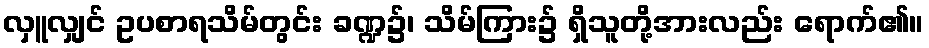
လှူလျှင် ဥပစာရသိမ်တွင်း ခဏ္ဍ၌၊ သိမ်ကြား၌ ရှိသူတို့အားလည်း ရောက်၏။